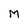
Character: M